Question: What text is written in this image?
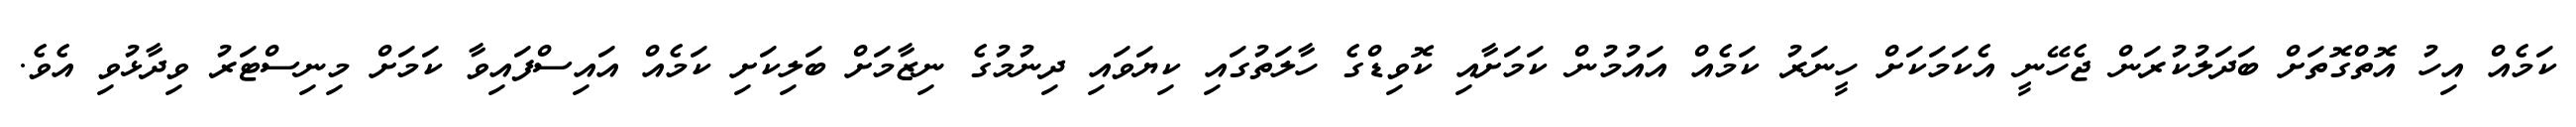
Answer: ކަމެއް އިހު އޮތްގޮތަށް ބަދަލުކުރަން ޖެހޭނީ އެކަމަކަށް ހީނަރު ކަމެއް އައުމުން ކަމަށާއި ކޮވިޑްގެ ހާލަތުގައި ކިޔަވައި ދިނުމުގެ ނިޒާމަށް ބަލިކަށި ކަމެއް އައިސްފައިވާ ކަމަށް މިނިސްޓަރު ވިދާޅުވި އެވެ.